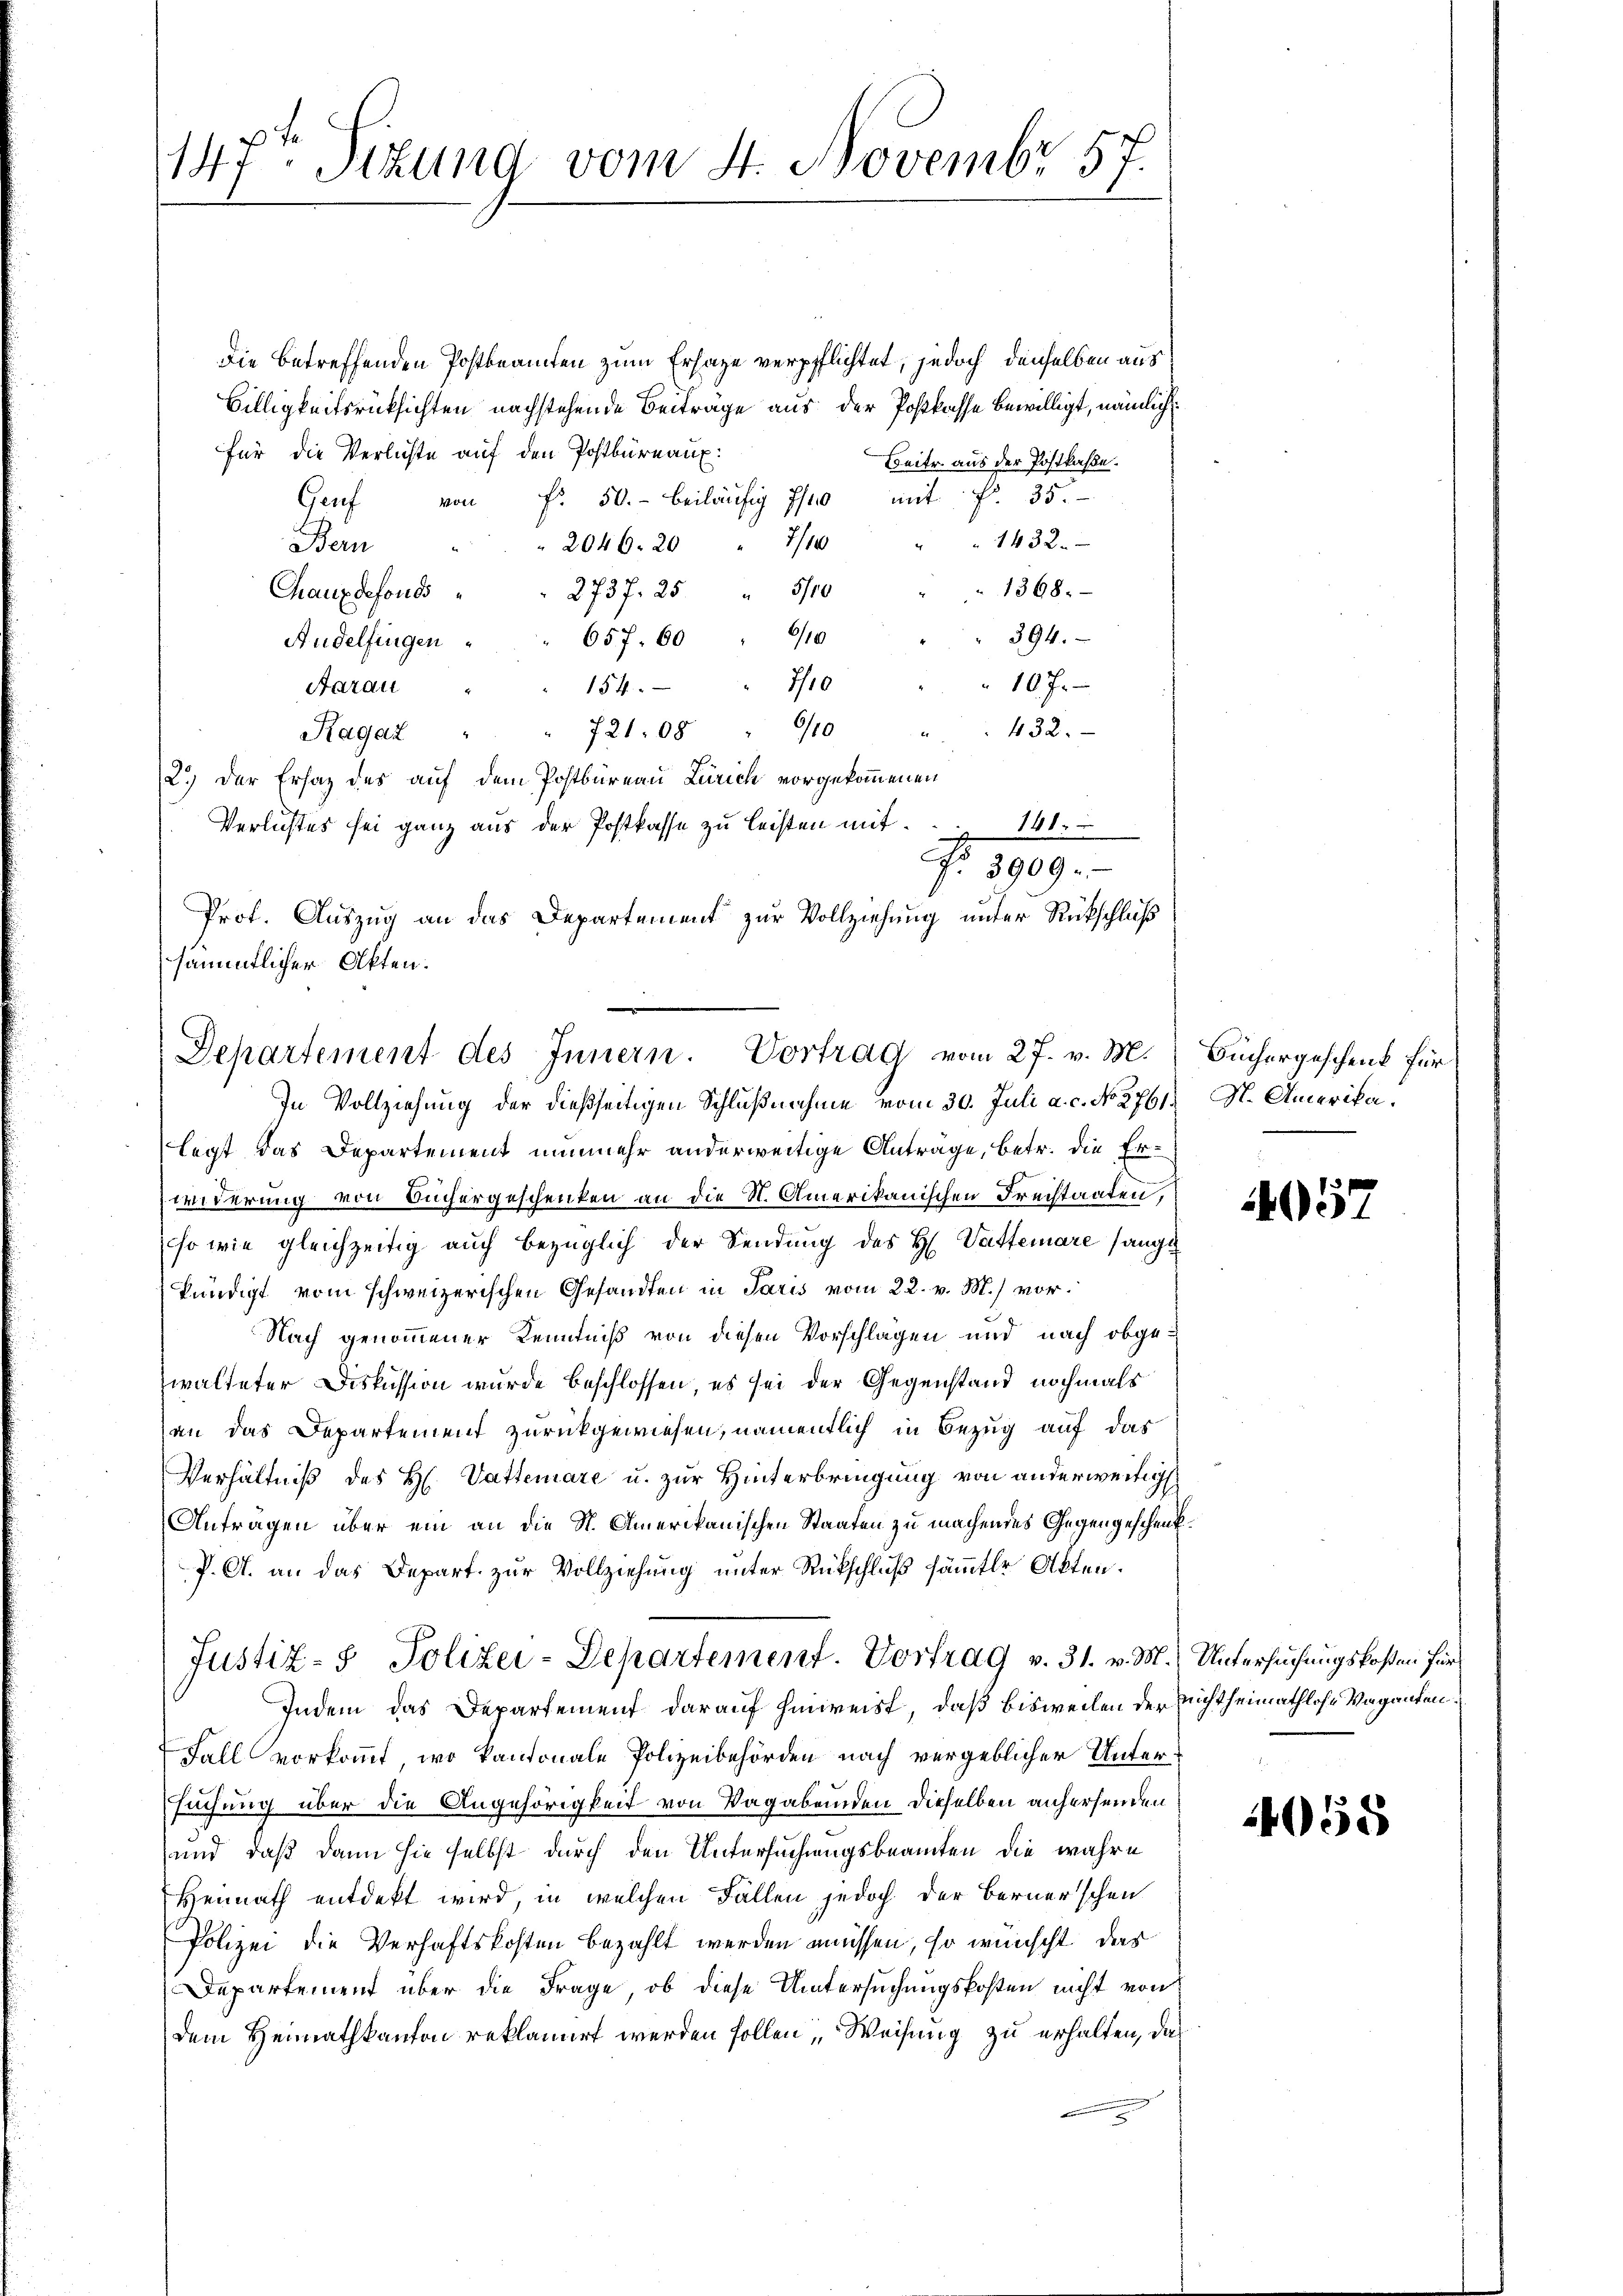
147t Sitzung vom 4. Novembr 57.

Die betreffenden Postbeamten zum Ersage verpflichtet, jedoch denselben aus¬
Billigkeitsrücksichten nachstehende Beiträge aus der Postkasse bewilligt, nämlich
für die Verluste aŭf den Postbüreaux:
Beitr. aus der Postkasse.
von Fr. 50.- beiläufig 70 mit f. 35.
Gaf
7/10 " " 1432.
2046. 20
Bern
1368.
2737. 25 " 5100
Chauxdefonds
9/10
394.
657. 60
Andelfingen
7/10
107.
Aarau
154.
432.
" 721. 08 " 6/10
Ragaz
2.) Der Ersatz des auf dem Postbureau Zürich vorgekommenen
Verlichtes sei ganz aus der Postkasse zŭ leisten mit. 141.
Fr. 1809.
Prof. Auszug an das Departement zur Vollziehung unter Rückschluß
sämmtlicher Akten.

legt das Departement nunmehr anderweitige Anträge, betr. die Erwiderung von Büchergeschenken an die N. Amerikanischen Freistaaten,
so wie gleichzeitig auch bezüglich der Sendung des H. Vatterare sange
kündigt vom schweizerischen Gesandten in Paris vom 22. v. M.) vor¬
Nach genommener Kenntniß von diesen Vorschlagen und nach obgewalteter Diskussion wurde beschlossen, es sei der Gegenstand nochmals
an das Departement zurückgewiesen, namentlich in Bezug auf das
Verhältniß des H. Vattenare u. zur Hinterbringung von anderweitig
Antragen über ein an die St. Amerikanischen Staaten zu machendes Gegengeschenk¬
P. A. an das Depart zur Vollziehung unter Rückschluß sämter Akten.
Justiz- & Polizei-Departement. Vortrag v. 31. v. M.) Untersuchungskosten für
Indem das Departement darauf hinweist, daß bisweilen der nichtheimathlose Vaganten¬
Fall vorkommt, wo kantonale Polizeibehörden nach vergeblicher Untersuchung über die Angehörigkeit von Vagabenden dieselben anhersenden
und daß dann sie selbst durch den Untersuchungsbeamten die wahre
Heimath entdekt wird, in welchen Fällen jedoch der Bernerschen
Polizei die Verhaftskosten bezahlt werden müssen, so wünscht, das
Departement über die Frage, ob diese Untersuchungskosten nicht von
dem Heimathkanton reklamirt werden sollen Weisung zu erhalten, das

Departement des Innern. Vortrag vom 27. v. M.
In Vollziehung der dießseitigen Schlußnahme vom 30. Juli a. c. No. 2761. St. Amerika.

Büchergeschenk für

4057

4058